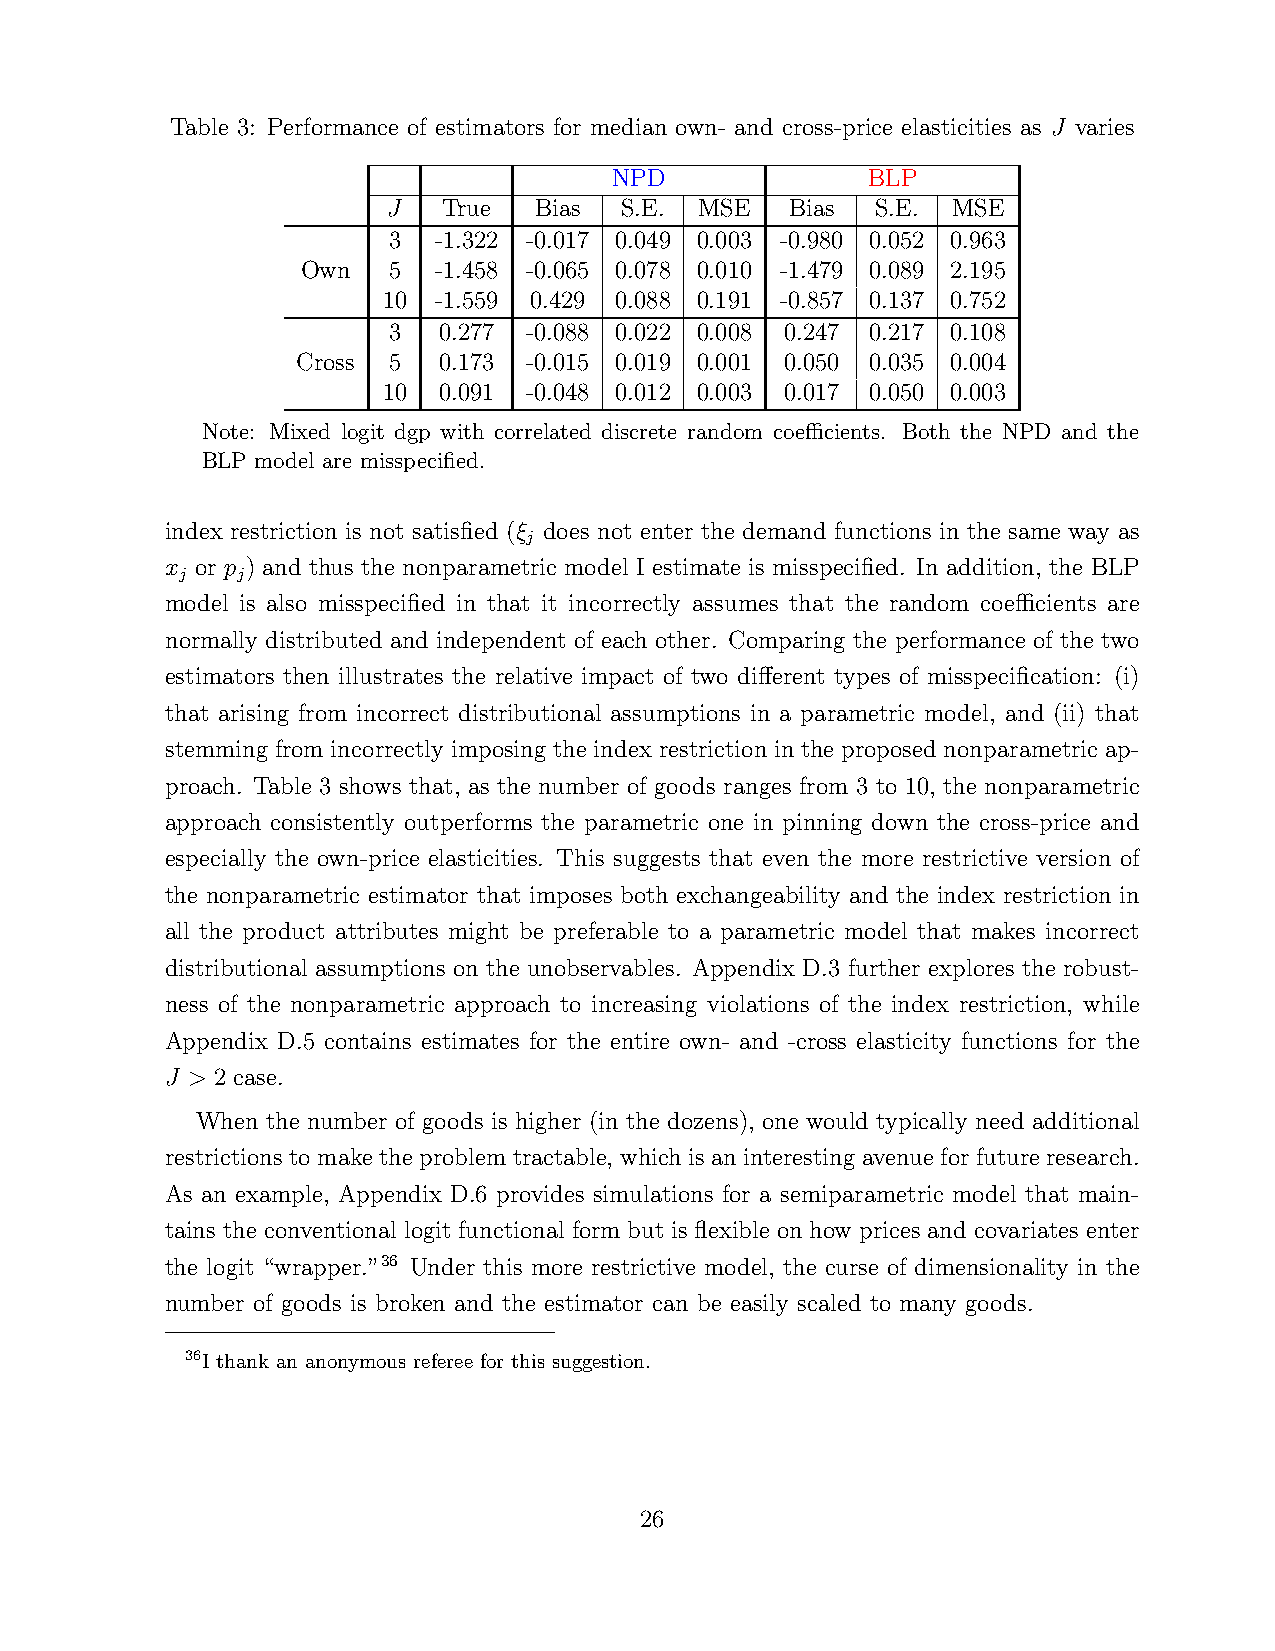
Table 3: Performance of estimators for median own- and cross-price elasticities as J varies
 NPD             BLP
 J  True  Bias  S.E. MSE   Bias  S.E. MSE
 3  -1.322 -0.017 0.049 0.003 -0.980 0.052 0.963
 Own   5  -1.458 -0.065 0.078 0.010 -1.479 0.089 2.195
 10  -1.559 0.429 0.088 0.191 -0.857 0.137 0.752
 3  0.277 -0.088 0.022 0.008 0.247 0.217 0.108
 Cross 5  0.173 -0.015 0.019 0.001 0.050 0.035 0.004
 10  0.091 -0.048 0.012 0.003 0.017 0.050 0.003
 Note: Mixed logit dgp with correlated discrete random coefficients. Both the NPD and the
 BLP model are misspecified.
 index restriction is not satisfied (ξ does not enter the demand functions in the same way as
 j
 x or p ) and thus the nonparametric model I estimate is misspecified. In addition, the BLP
 j   j
 model is also misspecified in that it incorrectly assumes that the random coefficients are
 normally distributed and independent of each other. Comparing the performance of the two
 estimators then illustrates the relative impact of two different types of misspecification: (i)
 that arising from incorrect distributional assumptions in a parametric model, and (ii) that
 stemming from incorrectly imposing the index restriction in the proposed nonparametric ap-
 proach. Table 3 shows that, as the number of goods ranges from 3 to 10, the nonparametric
 approach consistently outperforms the parametric one in pinning down the cross-price and
 especially the own-price elasticities. This suggests that even the more restrictive version of
 the nonparametric estimator that imposes both exchangeability and the index restriction in
 all the product attributes might be preferable to a parametric model that makes incorrect
 distributional assumptions on the unobservables. Appendix D.3 further explores the robust-
 ness of the nonparametric approach to increasing violations of the index restriction, while
 Appendix D.5 contains estimates for the entire own- and -cross elasticity functions for the
 J > 2 case.
 When the number of goods is higher (in the dozens), one would typically need additional
 restrictions to make the problem tractable, which is an interesting avenue for future research.
 As an example, Appendix D.6 provides simulations for a semiparametric model that main-
 tains the conventional logit functional form but is flexible on how prices and covariates enter
 the logit “wrapper.”36 Under this more restrictive model, the curse of dimensionality in the
 number of goods is broken and the estimator can be easily scaled to many goods.
 36I thank an anonymous referee for this suggestion.
 26